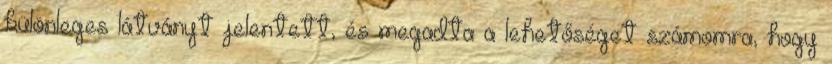
különleges látványt jelentett, és megadta a lehetőséget számomra, hogy